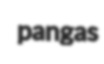
pangas